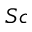
S c